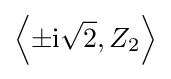
\left\langle \pm \mathrm {i} {\sqrt {2}},Z_{2}\right\rangle